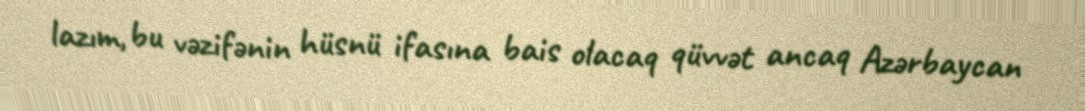
lazım, bu vəzifənin hüsnü ifasına bais olacaq qüvvət ancaq Azərbaycan